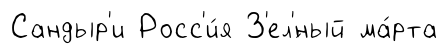
Сандыр'и Росс'и́я З'ел'́ный ма́рта